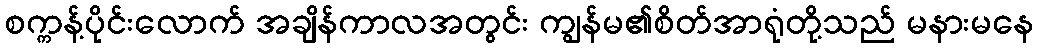
စက္ကန့်ပိုင်းလောက် အချိန်ကာလအတွင်း ကျွန်မ၏စိတ်အာရုံတို့သည် မနားမနေ